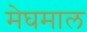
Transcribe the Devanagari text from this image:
मेघमाल